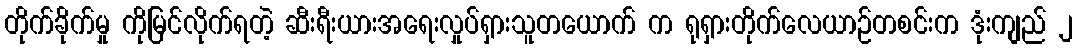
တိုက်ခိုက်မှု ကိုမြင်လိုက်ရတဲ့ ဆီးရီးယားအရေးလှုပ်ရှားသူတယောက် က ရုရှားတိုက်လေယာဉ်တစင်းက ဒုံးကျည် ၂